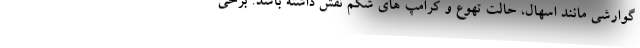
گوارشی مانند اسهال، حالت تهوع و کرامپ های شکم نقش داشته باشد. برخی